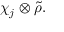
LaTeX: \chi _ { j } \otimes { \tilde { \rho } } .